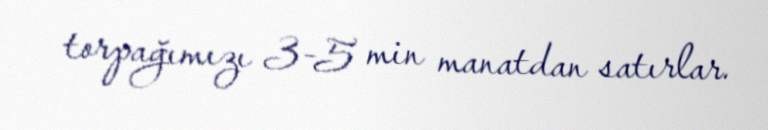
torpağımızı 3-5 min manatdan satırlar.